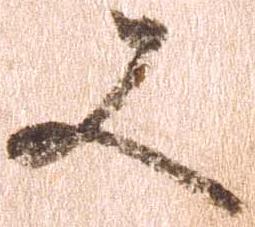
又